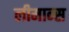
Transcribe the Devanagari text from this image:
लीमान्स